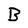
Character: B